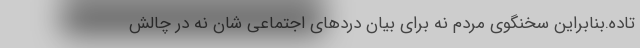
تاده.بنابراین سخنگوی مردم نه برای بیان دردهای اجتماعی شان نه در چالش